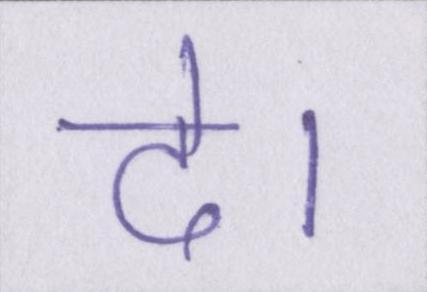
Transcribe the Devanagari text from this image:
दे।